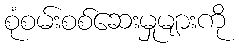
စုံစမ်းစစ်ဆေးမှုများကို